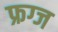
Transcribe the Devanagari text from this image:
फ्रग्ज